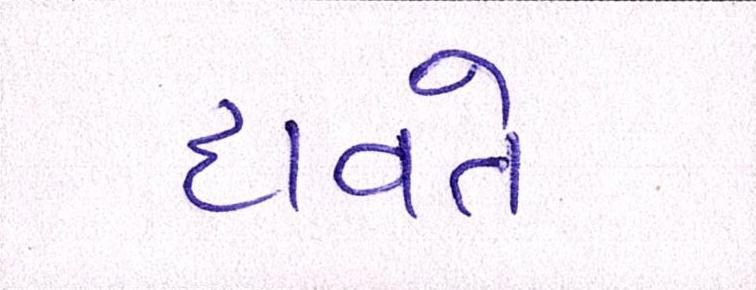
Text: દાવતે